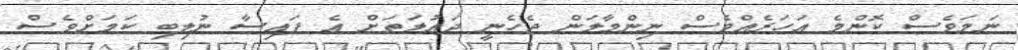
ނަމަވެސް ކޮންމެ އަހަރެއްވެސް ނިންމާލަން ޖެހެނީ ދައުލަތަށް އެ ފައިސާ ނުލިބި ކަމަށްވެސް